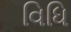
વિધિ